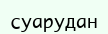
суарудан